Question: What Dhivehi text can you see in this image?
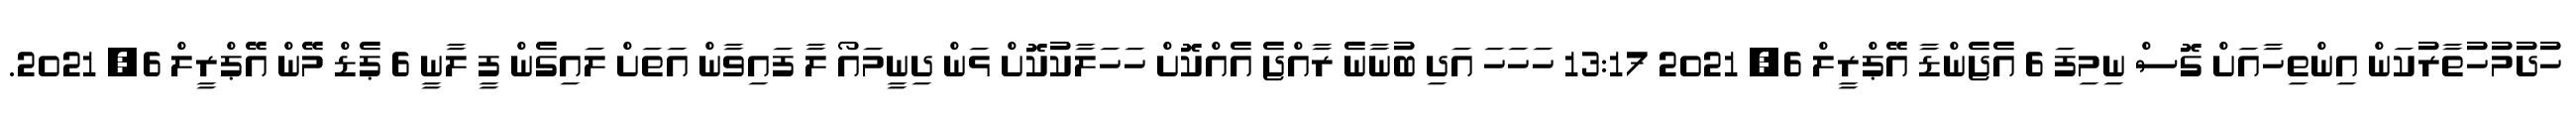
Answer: ހުދުމުހުތާރުކަން އިންތިހާއަށް ގޮސް ނިމިފަ 6 އެޖެންޑާ އޭޕްރީލް 6, 2021 13:17 ހަހަހަ އަދި ބުނާނެ ރާއްޖެ އެއްކޮށް ހަހަލާކުކޮށް ޅަން ދިނީމައޯ ލާ ފައިވާން އަތަށް ލައިގެން ފީ ލާނީ 6 ޕެޑް މޭން އޭޕްރީލް 6, 2021.